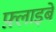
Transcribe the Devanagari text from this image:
फ़्लाइबे